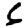
Digit: 6